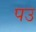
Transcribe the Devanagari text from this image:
पउ